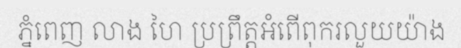
ភ្នំពេញ លាង ហៃ ប្រព្រឹត្តអំពើពុករលួយយ៉ាង